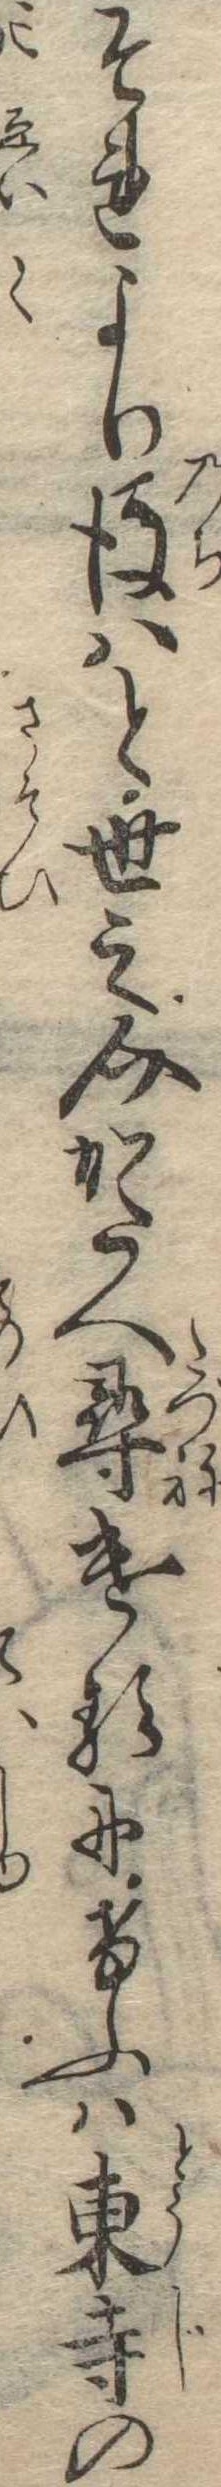
それより後はと世之介かたへ尋けるにけふは東寺の